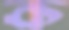
ক